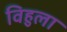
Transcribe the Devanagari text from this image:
विहुला